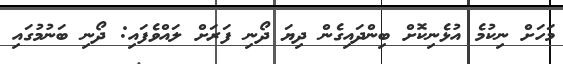
މަހަށް ނިކުމެ އުޅެނިކޮށް ބިންދައިގެން ދިޔަ ދޯނި ފަރަށް ލައްވެފައި: ދޯނި ބަނުމުގައި